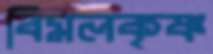
বিমলকৃষ্ণ